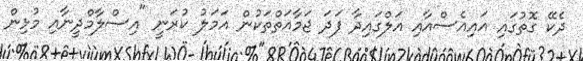
ދެކޭ ގޮތުގައި އައިއެސްއާއި އަލްގައިދާ ފަދަ ޖަމާއަތްތަކުން އަމަލު ކުރަނީ "އިސްލާމްދީނާއި މުޅިން